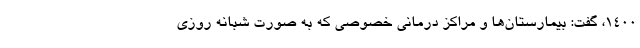
۱۴۰۰، گفت: بیمارستان‌ها و مراکز درمانی خصوصی که به صورت شبانه روزی